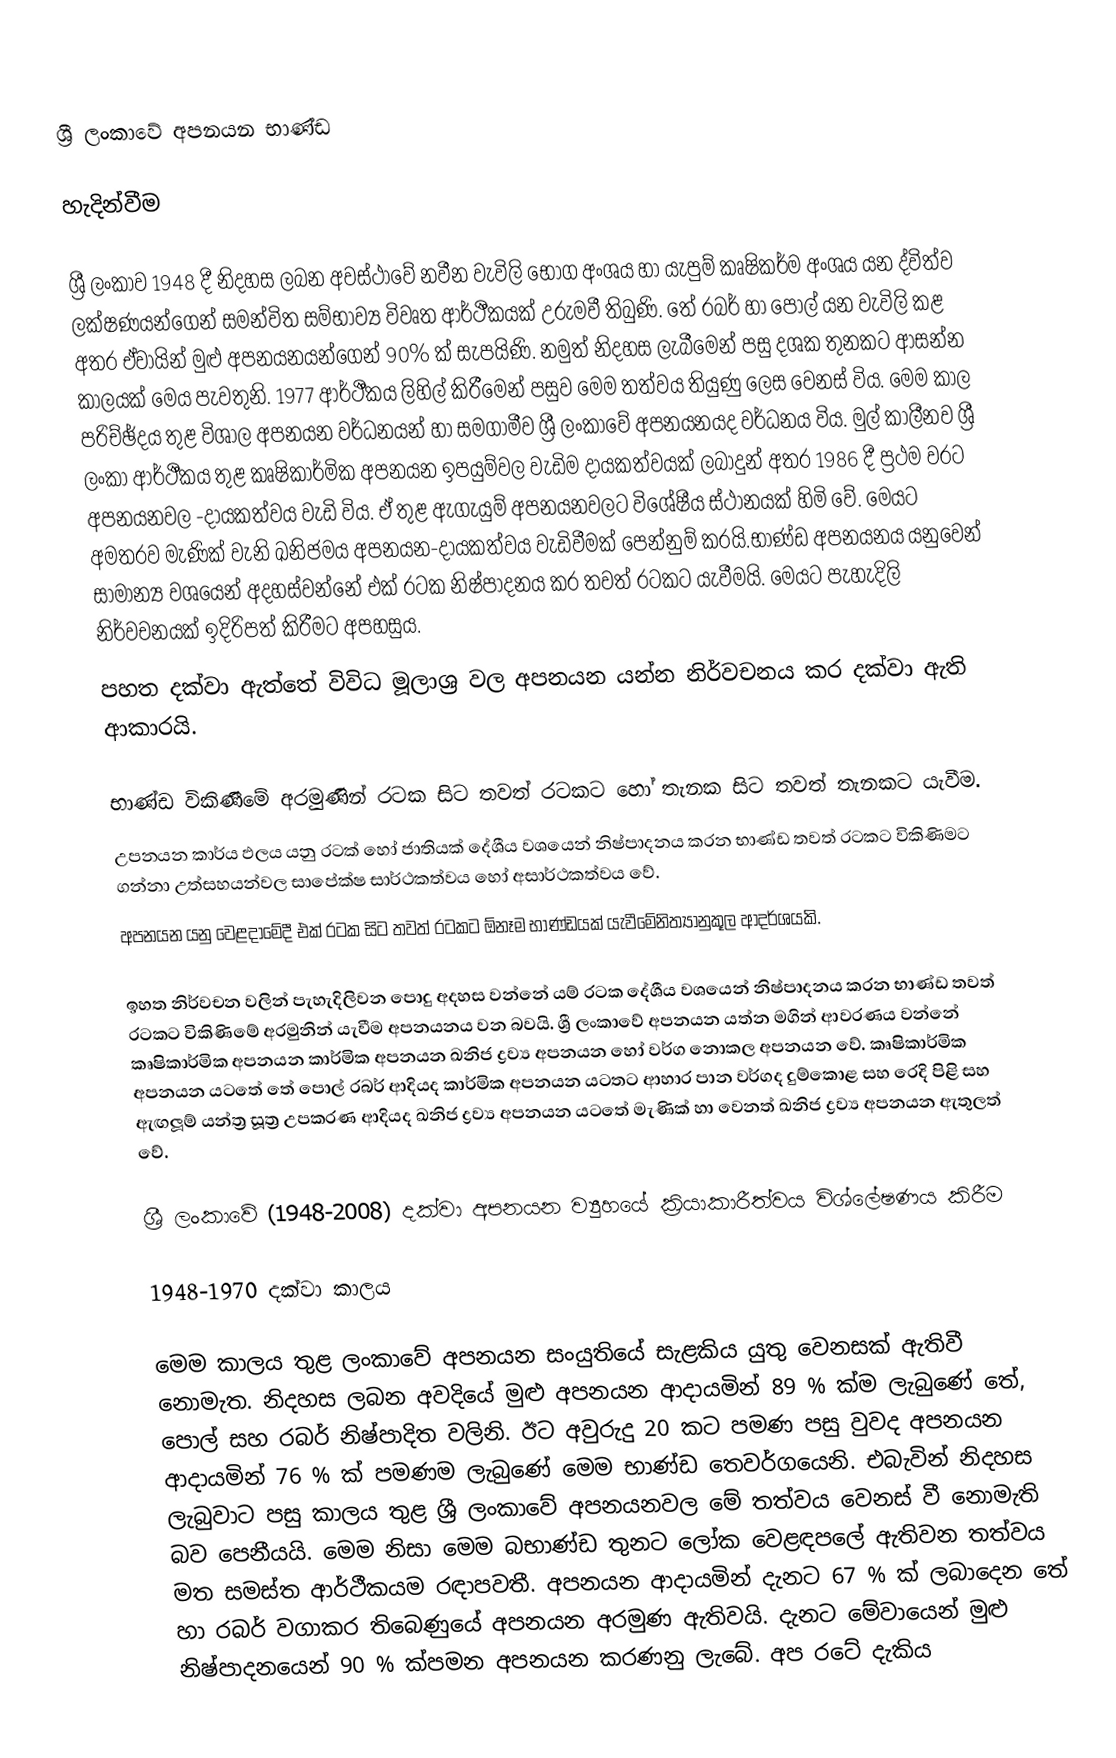
ශ්‍රී ලංකාවේ අපනයන භාණ්ඩ

හැදින්වීම

ශ්‍රී ලංකාව 1948 දී නිදහස ලබන අවස්ථාවේ නවීන වැවිලි ‍භෝග අංශය  හා යැපුම් කෘෂිකර්ම අංශය යන ද්විත්ව ලක්ෂණයන්ගෙන් සමන්විත සම්භාව්‍ය විවෘත ආර්ථීකයක් උරුමවී තිබුණි. තේ රබර් හා පොල් යන වැවිලි කළ අතර ඒවායින් මුළු අපනයනයන්ගෙන් 90% ක් සැපයිණි. නමුත් නිදහස ලැබීමෙන් පසු දශක තුනකට ආසන්න කාලයක් ‍මෙය පැවතුනි. 1977 ආර්ථීකය ලිහිල් කිරීමෙන් පසුව මෙම තත්වය තියුණු ලෙස වෙනස් විය. මෙම කාල පරි‍ච්‍ඡ්‍දය තුළ විශාල අපනයන වර්ධනයන් හා සමගාමීව ශ්‍රී ලංකාවේ අපනයනයද වර්ධනය විය. මුල් කාලීනව ශ්‍රී  ලංකා ආර්ථීකය තුළ කෘෂිකාර්මික අපනයන ඉපයුම්වල වැඩිම දායකත්වයක් ලබාදුන් අතර 1986 දී ප්‍රථම වරට අපනයනවල -දායකත්වය වැඩි විය. ඒ තුළ ඇගැයුම් අපනයනවලට විශේෂීය ස්ථානයක් හිමි වේ. මෙයට අමතරව මැණික් වැනි ඛනිජමය අපනයන-දායකත්වය වැඩිවීමක් පෙන්නුම් කරයි.භාණ්ඩ අපනයනය යනුවෙන් සාමාන්‍ය වශයෙන් අදහස්වන්නේ එක් රටක නිෂ්පාදනය කර තවත් රටකට යැවීමයි. මෙයට පැහැදිලි නිර්වචනයක් ඉදිරිපත් කිරීමට අපහසුය.
පහත දක්වා ඇත්තේ විවිධ මූලාශ්‍ර වල අපනයන යන්න නිර්වචනය කර දක්වා ඇති ආකාරයි.

 භාණ්ඩ විකිණී‍‍මේ අරමුණින් රටක සිට තවත් රටකට හෝ තැනක සිට තවත් තැනකට යැවීම.
 උපනයන කාර්ය ඵලය යනු රටක් හෝ ජාතියක් දේශීය වශයෙන් නිෂ්පාදනය කරන භාණ්ඩ තවත් රටකට විකිණිමට ගන්නා උත්සහයන්වල සාපේක්ෂ සාර්ථකත්වය   හෝ අසාර්ථකත්වය වේ.
 අපනයන යනු වෙළදාමේදී එක් රටක සිට තවත් රටකට ඕනෑම භාණ්ඩයක් යැවීමේනිත්‍යානුකූල ආදර්ශයකි.

ඉහත නිර්වචන වලින් පැහැදිලිවන පොදු අදහස වන්නේ යම් රටක දේශීය වශයෙන් නිෂ්පාදනය කරන භාණ්ඩ තවත් රටකට විකිණිමේ අරමුනින් යැවීම අපනයනය වන බවයි. ශ්‍රී  ලංකාවේ අපනයන යත්න මගින් ආවරණය වන්නේ කෘෂිකාර්මික අපනයන කාර්මික අපනයන ඛනිජ ද්‍රව්‍ය අපනයන හෝ වර්ග නොකල අපනයන වේ. කෘෂිකාර්මික අපනයන යටතේ තේ පොල් රබර් ආදියද කාර්මික අපනයන යටතට ආහාර පාන වර්ගද දුම්කොළ සහ රෙදි පිළි සහ ඇඟලූම් යන්ත්‍ර සූත්‍ර උපකරණ ආදියද ඛනිජ ද්‍රව්‍ය අපනයන යටතේ මැණික් හා වෙනත් ඛනිජ ද්‍රව්‍ය අපනයන ඇතුලත් වේ.

ශ්‍රී ලංකාවේ (1948-2008) දක්වා අපනයන ව්‍යුහයේ ක්‍රියාකාරීත්වය විශ්ලේෂණය කිරීම

1948-1970 දක්වා කාලය

මෙම කාලය තුළ ලංකාවේ අපනයන සංයුතියේ සැළකිය යුතු වෙනසක් ඇතිවී නොමැත. නිදහස ලබන අවදියේ මුළු අපනයන ආදායමින් 89 % ක්ම ලැබුණේ තේ, පොල් සහ රබර් නිෂ්පාදිත වලිනි. ඊට අවුරුදු 20 කට පමණ පසු වුවද අපනයන ආදායමින් 76 % ක් පමණම ලැබුණේ මෙම භාණ්ඩ තෙවර්ගයෙනි. එබැවින් නිදහස ලැබුවාට පසු කාලය තුළ ශ්‍රී ලංකාවේ අපනයනවල මේ තත්වය වෙනස් වී නොමැති බව පෙනීයයි. මෙම නිසා මෙම බභාණ්ඩ තුනට ලෝක වෙළඳපලේ ඇතිවන තත්වය මත සමස්ත ආර්ථීකයම රඳාපවතී. අපනයන ආදායමින් දැනට 67 % ක් ලබාදෙන තේ හා රබර් වගාකර තිබෙණුයේ අපනයන අරමුණ ඇතිවයි. දැනට මේවායෙන් මුළු නිෂ්පාදනයෙන් 90 % ක්පමන අපනයන කරණනු ලැබේ. අප රටේ දැකිය